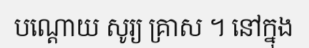
បណ្តោយ សូរ្យ គ្រាស ។ នៅក្នុង